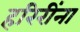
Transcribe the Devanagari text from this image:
हरिरींना